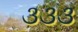
૩૩૩